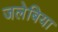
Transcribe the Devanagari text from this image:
जलेबिया